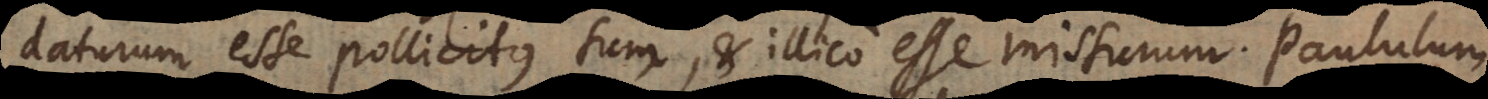
daturum esse pollicitus sum, et illico esse missurum. Paululum